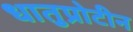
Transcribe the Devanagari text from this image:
धातुप्रोटीन